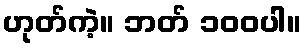
ဟုတ်ကဲ့။ ဘတ် ၁၀၀ပါ။